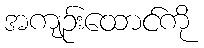
အကျဉ်းထောင်ကို